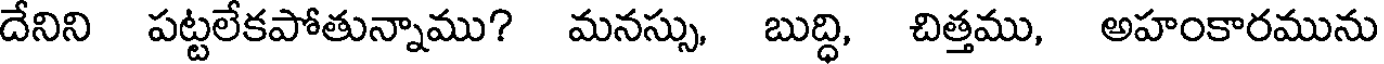
దేనిని పట్టలేకపోతున్నాము? మనస్సు, బుద్ధి, చిత్తము, అహంకారమును